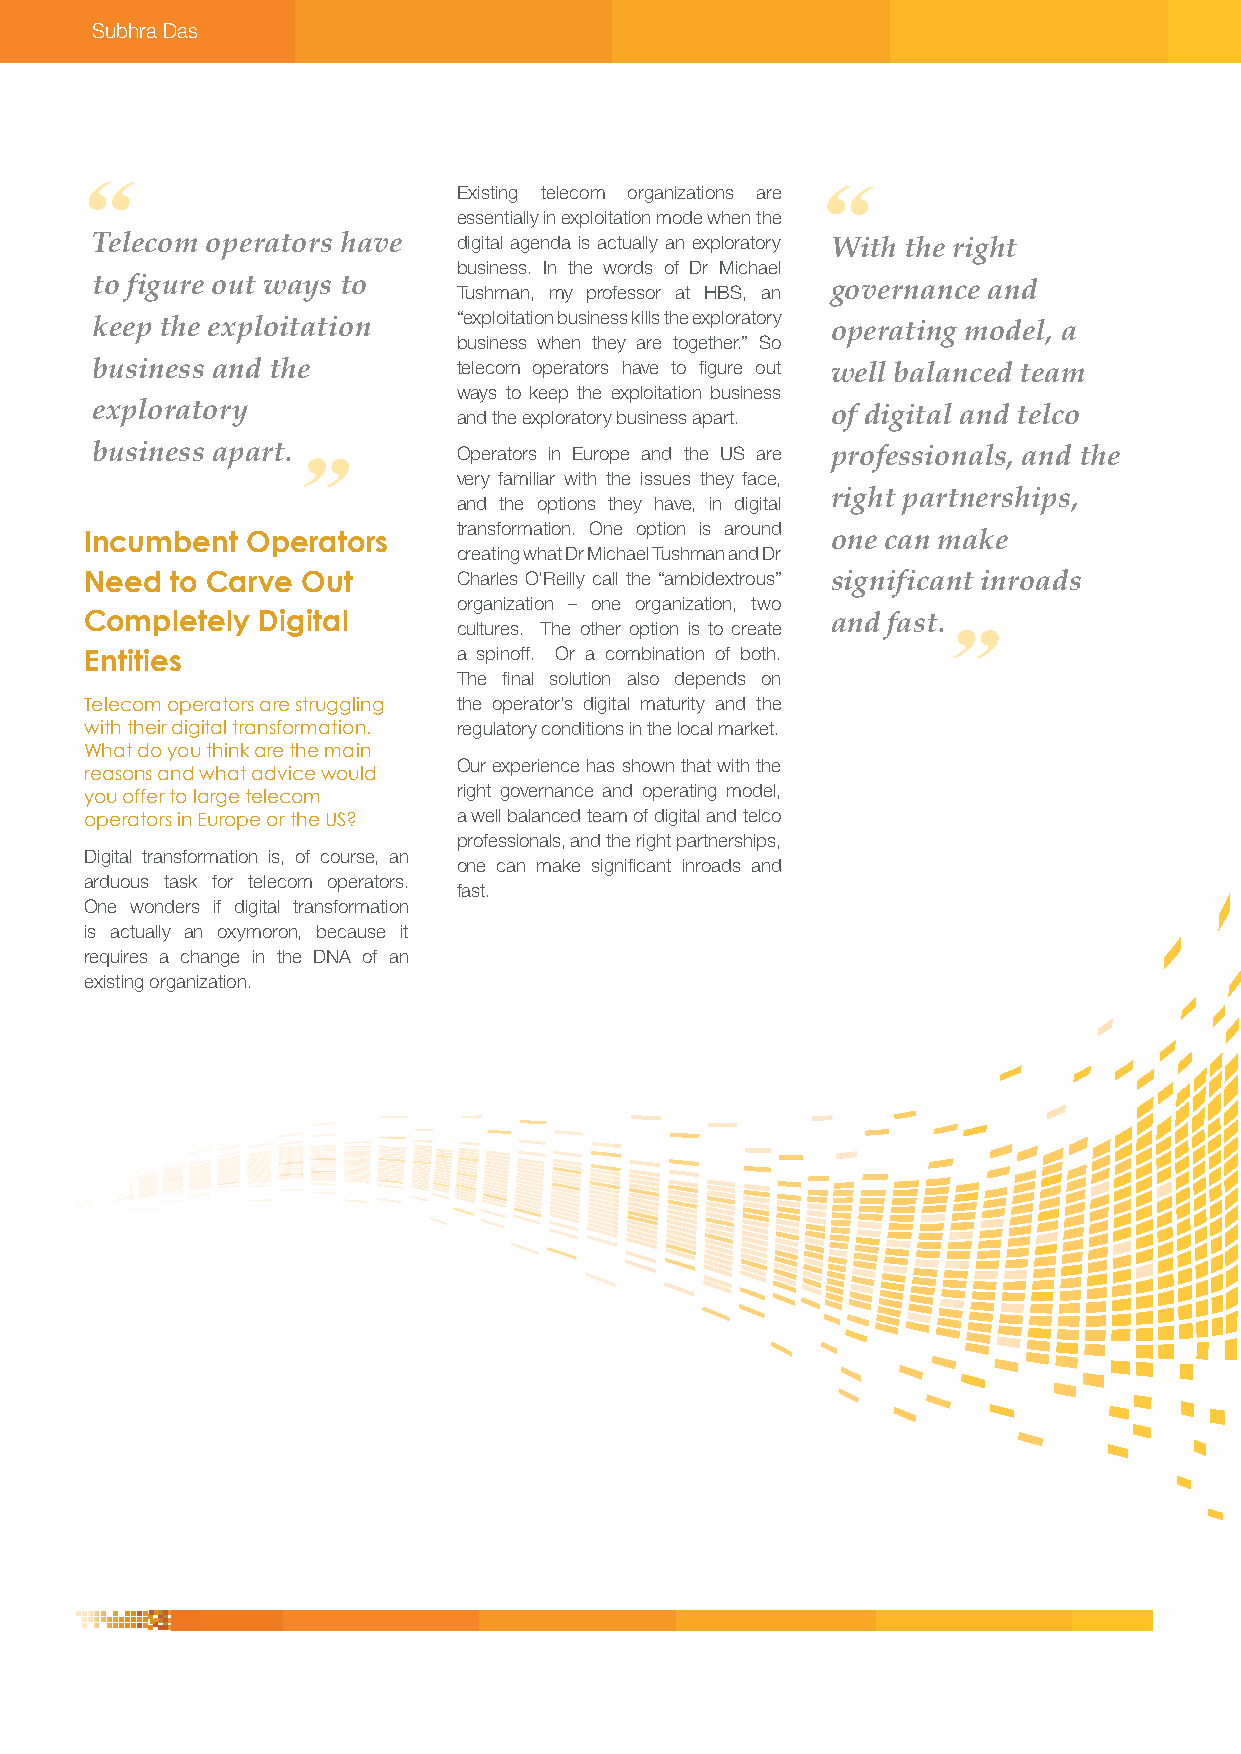
Subhra Das
 Existing telecom organizations are
 essentially in exploitation mode when the
 Telecom operators have  digital agenda is actually an exploratory With the right
 business. In the words of Dr Michael
 to figure out ways to   Tushman, my professor at HBS, an governance and
 “exploitation business kills the exploratory
 keep the exploitation                            operating model, a
 business when they are together.” So
 business and the        telecom operators have to figure out well balanced team
 ways to keep the exploitation business
 exploratory             and the exploratory business apart. of digital and telco
 business apart.         Operators in Europe and the US are professionals, and the
 very familiar with the issues they face,
 right partnerships,
 and the options they have, in digital
 transformation. One option is around
 Incumbent Operators                              one can make
 creating what Dr Michael Tushman and Dr
 Need to Carve Out       Charles O’Reilly call the “ambidextrous” significant inroads
 organization – one organization, two
 Completely Digital                               and fast.
 cultures. The other option is to create
 Entities                a spinoff. Or a combination of both.
 The final solution also depends on
 Telecom operators are struggling the operator’s digital maturity and the
 with their digital transformation. regulatory conditions in the local market.
 What do you think are the main
 Our experience has shown that with the
 reasons and what advice would
 right governance and operating model,
 you offer to large telecom
 operators in Europe or the US? a well balanced team of digital and telco
 professionals, and the right partnerships,
 Digital transformation is, of course, an
 one can make significant inroads and
 arduous task for telecom operators.
 fast.
 One wonders if digital transformation
 is actually an oxymoron, because it
 requires a change in the DNA of an
 existing organization.